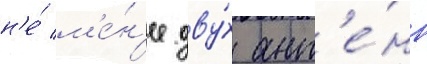
н'е́ м'е́н'ее дву́х ант'е́нн